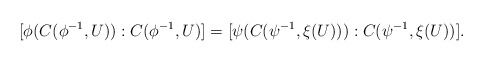
\begin{align*}[\phi(C(\phi^{-1},U)):C(\phi^{-1},U)]=[\psi(C(\psi^{-1},\xi(U))):C(\psi^{-1},\xi(U))].\end{align*}